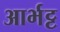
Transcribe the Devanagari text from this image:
आर्भट्ट